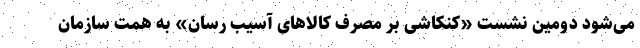
می‌شود دومین نشست «کنکاشی بر مصرف کالاهای آسیب رسان» به همت سازمان